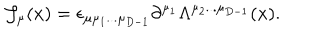
LaTeX: { \cal J } _ { \mu } ( x ) = \epsilon _ { \mu \mu _ { 1 } . . . \mu _ { D - 1 } } \partial ^ { \mu _ { 1 } } \Lambda ^ { \mu _ { 2 } . . . \mu _ { D - 1 } } ( x ) .